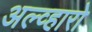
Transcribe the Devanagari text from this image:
अल्व्हारो